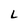
Character: L